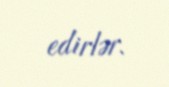
edirlər.